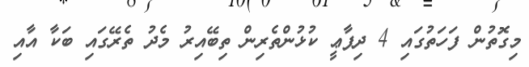
މިގޮތުން ފަހަތުގައި 4 ދިފާޢީ ކުޅުންތެރިން ތިބޭއިރު މެދު ތެރޭގައި ބަކާ އާއި